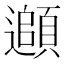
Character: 𩔦